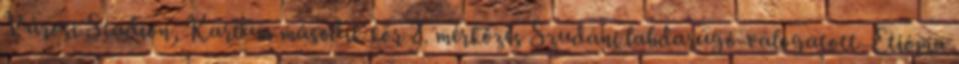
Városi Stadion, Kartúm második kör 2. mérkőzés Szudáni labdarúgó-válogatott–Etiópia